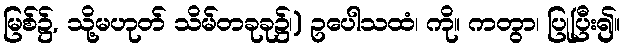
မြစ်၌, သို့မဟုတ် သိမ်တခုခု၌၊) ဥပေါသထံ၊ ကို။ ကတွာ၊ ပြုပြီး၍။